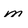
Character: m